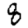
Digit: 8